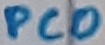
Text: PC0